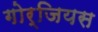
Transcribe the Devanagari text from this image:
गोर्जियस